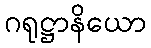
ဂရုဋ္ဌာနိယော